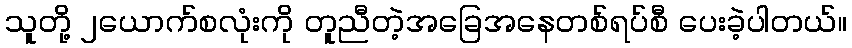
သူတို့ ၂ယောက်စလုံးကို တူညီတဲ့အခြေအနေတစ်ရပ်စီ ပေးခဲ့ပါတယ်။